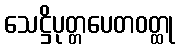
သေဋ္ဌိပုတ္တပေတဝတ္ထု